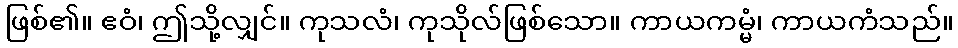
ဖြစ်၏။ ဧဝံ၊ ဤသို့လျှင်။ ကုသလံ၊ ကုသိုလ်ဖြစ်သော။ ကာယကမ္မံ၊ ကာယကံသည်။